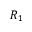
R _ { 1 }